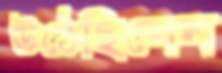
উঠেছিলেন